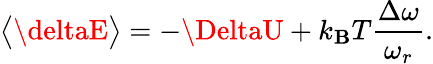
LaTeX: \big<\deltaE\big>=-\DeltaU+k_{\mathbf{B}}T\frac{{\Delta\omega}}{{\omega_{r}}}.